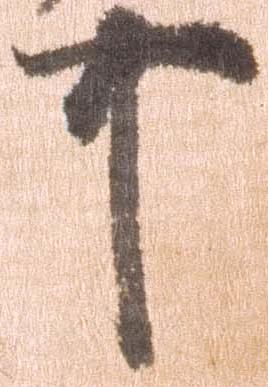
可